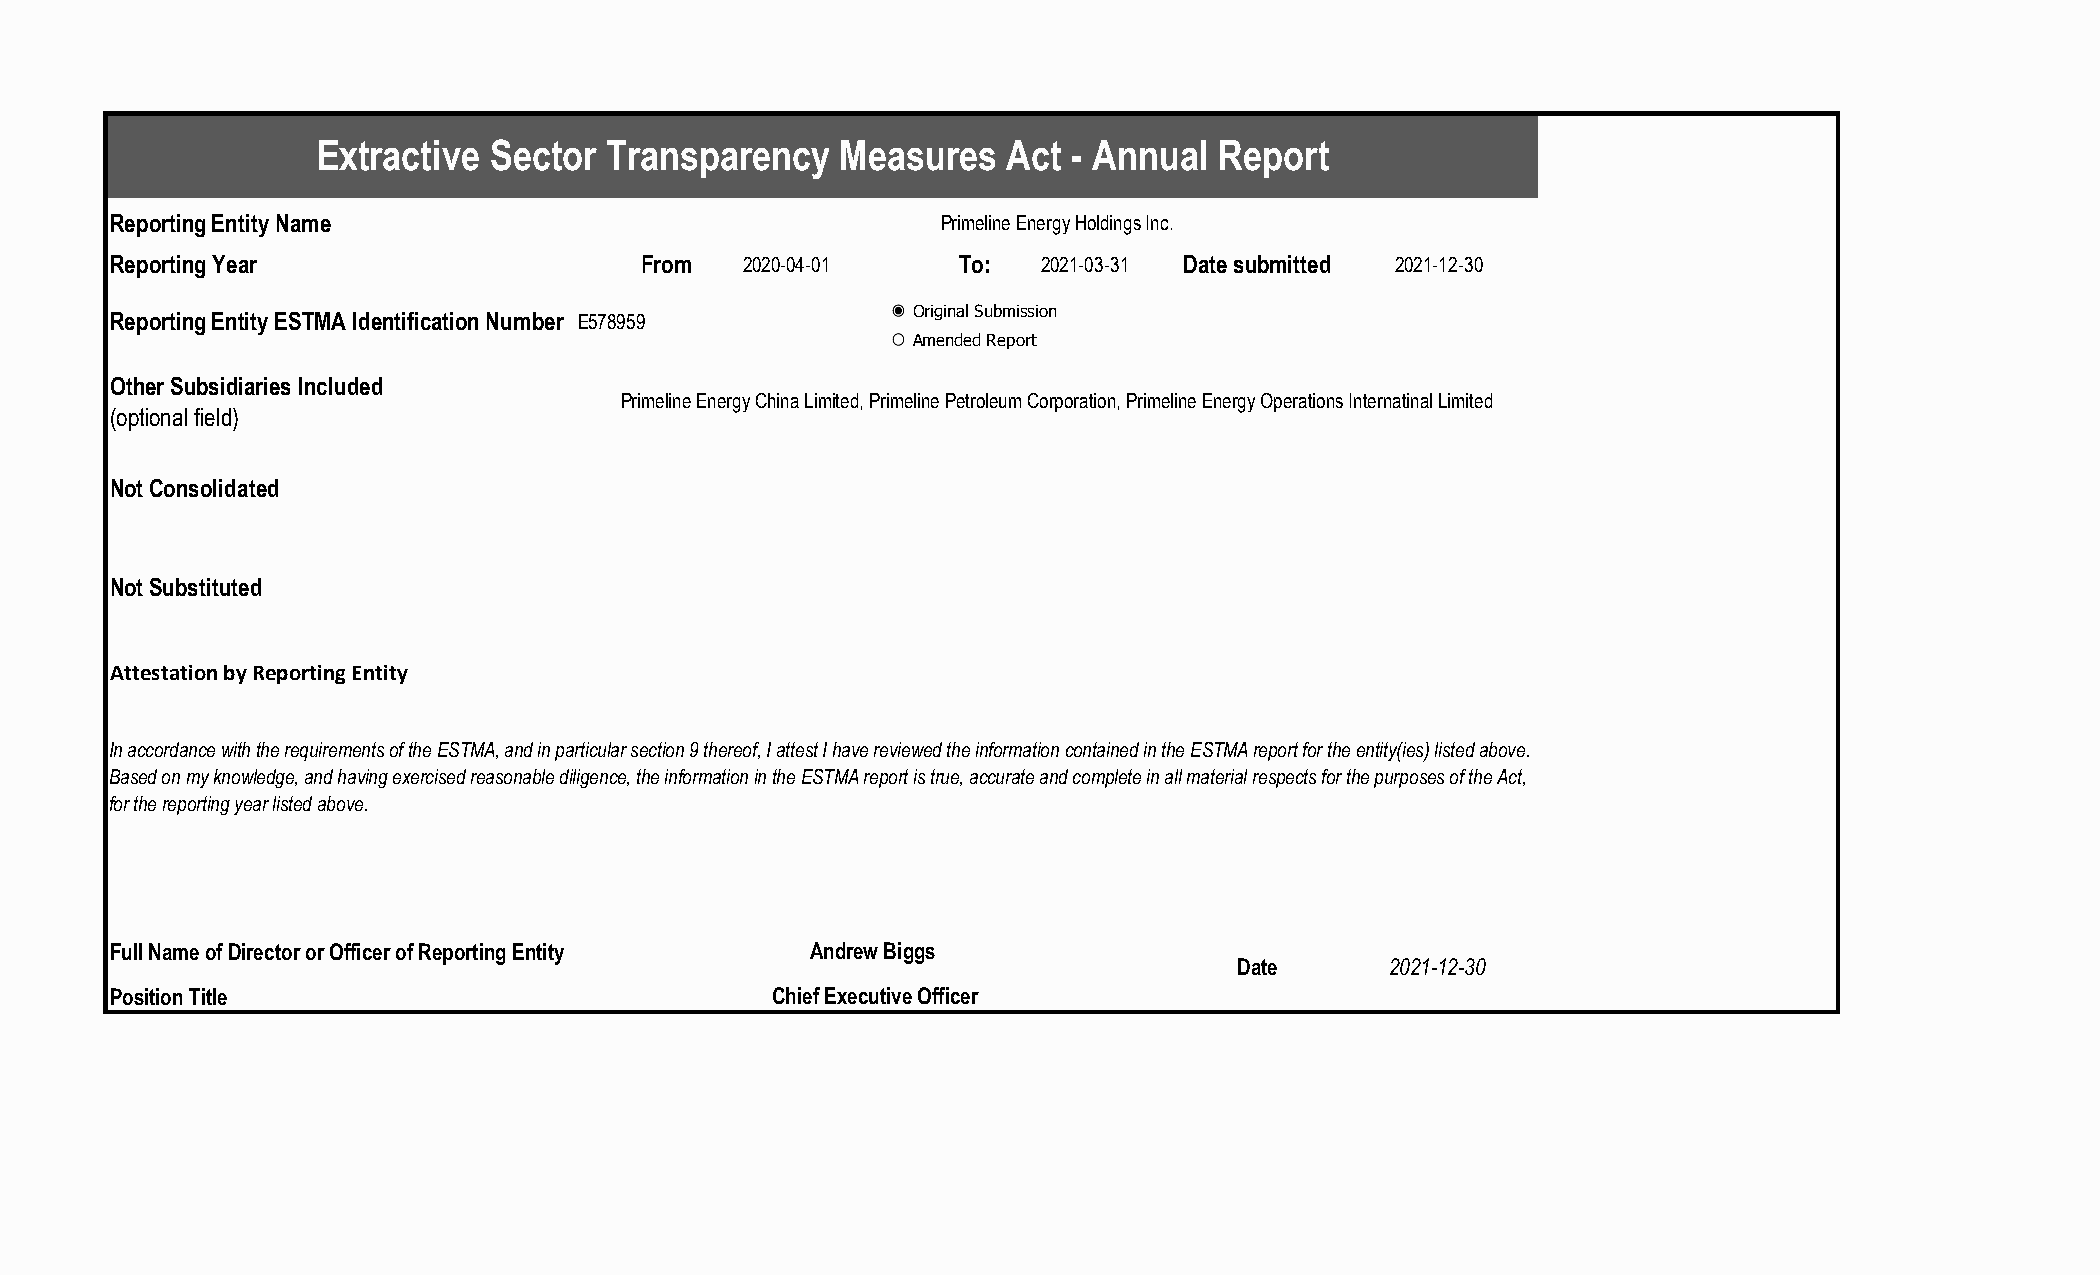
Extractive Sector  Transparency   Measures   Act  - Annual Report
 Reporting Entity Name                                  Primeline Energy Holdings Inc.
 Reporting Year                     From   2020-04-01    To:   2021-03-31 Date submitted 2021-12-30
 Reporting Entity ESTMA Identification Number E578959 Original Submission
 Amended Report
 Other Subsidiaries Included
 Primeline Energy China Limited, Primeline Petroleum Corporation, Primeline Energy Operations Internatinal Limited
 (optional field)
 Not Consolidated
 Not Substituted
 Attestation by Reporting Entity
 In accordance with the requirements of the ESTMA, and in particular section 9 thereof, I attest I have reviewed the information contained in the ESTMA report for the entity(ies) listed above.
 Based on my knowledge, and having exercised reasonable diligence, the information in the ESTMA report is true, accurate and complete in all material respects for the purposes of the Act,
 for the reporting year listed above.
 Full Name of Director or Officer of Reporting Entity Andrew Biggs
 Date      2021-12-30
 Position Title                              Chief Executive Officer